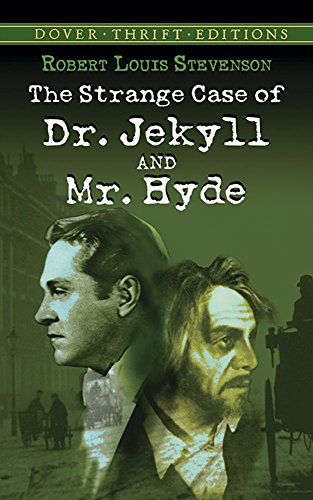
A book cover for The Strange Case of Dr. Jekyll and Mr. Hyde (Dover Thrift Editions); Robert Louis Stevenson; Literature & Fiction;